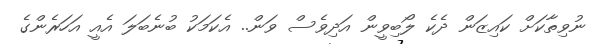
ނުވިތާކަށް ކައިޒަން ދެކެ ލޯބިވީން އަދިވެސް ވަން.. އެކަމަކު ބުނެބަލަ އެއީ އަހަރެންގެ